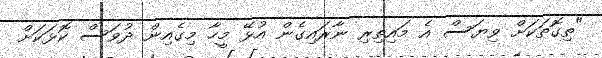
"ތިގޮތަކަށް ވިޔަސް އެ މައިތިރި ނާރައިގެން އުޅޭ މީހާ މިގެއިން ދުވަސް ކޮޅަކަށް